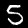
Digit: 5